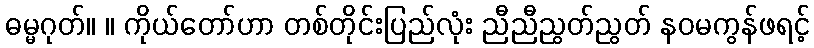
ဓမ္မဂုတ်။ ။ ကိုယ်တော်ဟာ တစ်တိုင်းပြည်လုံး ညီညီညွတ်ညွတ် နဝမကွန်ဖရင့်